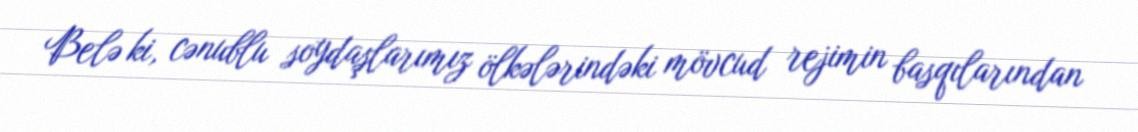
Belə ki, cənublu soydaşlarımız ölkələrindəki mövcud rejimin basqılarından